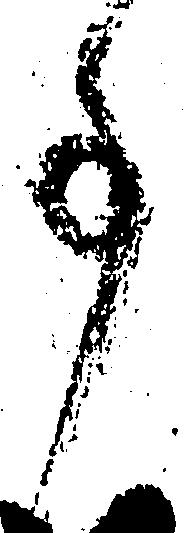
事